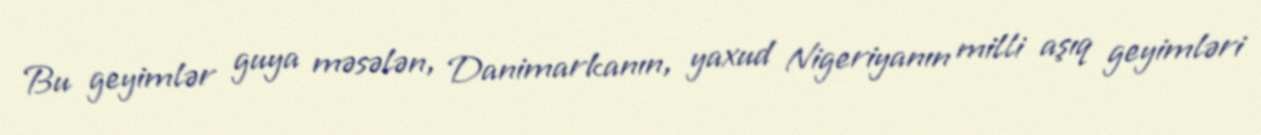
Bu geyimlər guya məsələn, Danimarkanın, yaxud Nigeriyanın milli aşıq geyimləri